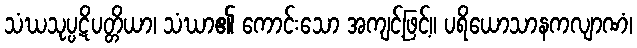
သံဃသုပ္ပဋိပတ္တိယာ၊ သံဃာ၏ ကောင်းသော အကျင့်ဖြင့်။ ပရိယောသာနကလျာဏံ၊